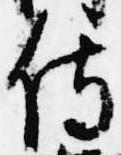
侍